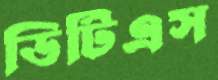
ডিটিএস